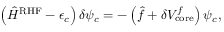
\left( \hat { H } ^ { \mathrm { R H F } } - \epsilon _ { c } \right) \delta \psi _ { c } = - \left( \hat { f } + \delta V _ { \mathrm { c o r e } } ^ { f } \right) \psi _ { c } ,